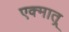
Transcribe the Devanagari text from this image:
एक्मात्र्